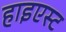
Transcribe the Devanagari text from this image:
हाइएस्ट